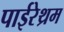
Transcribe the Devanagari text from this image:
पाईरेथ्रम